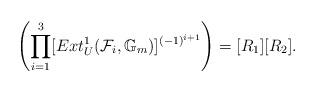
LaTeX: \begin{align*}\left(\prod_{i=1}^3[Ext^1_{U}(\mathcal{F}_i,\mathbb{G}_m)]^{(-1)^{i+1}}\right)=[R_1][R_2].\end{align*}